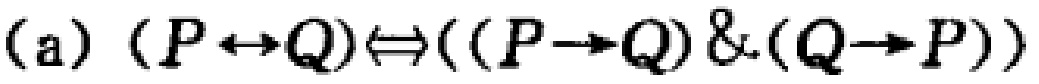
(a) $(P\leftrightarrow Q)\Leftrightarrow((P\rightarrow Q)\&(Q\rightarrow P))$